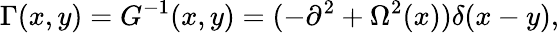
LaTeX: \Gamma(x,y)=G^{-1}(x,y)=(-\partial^{2}+\Omega^{2}(x))\delta(x-y),